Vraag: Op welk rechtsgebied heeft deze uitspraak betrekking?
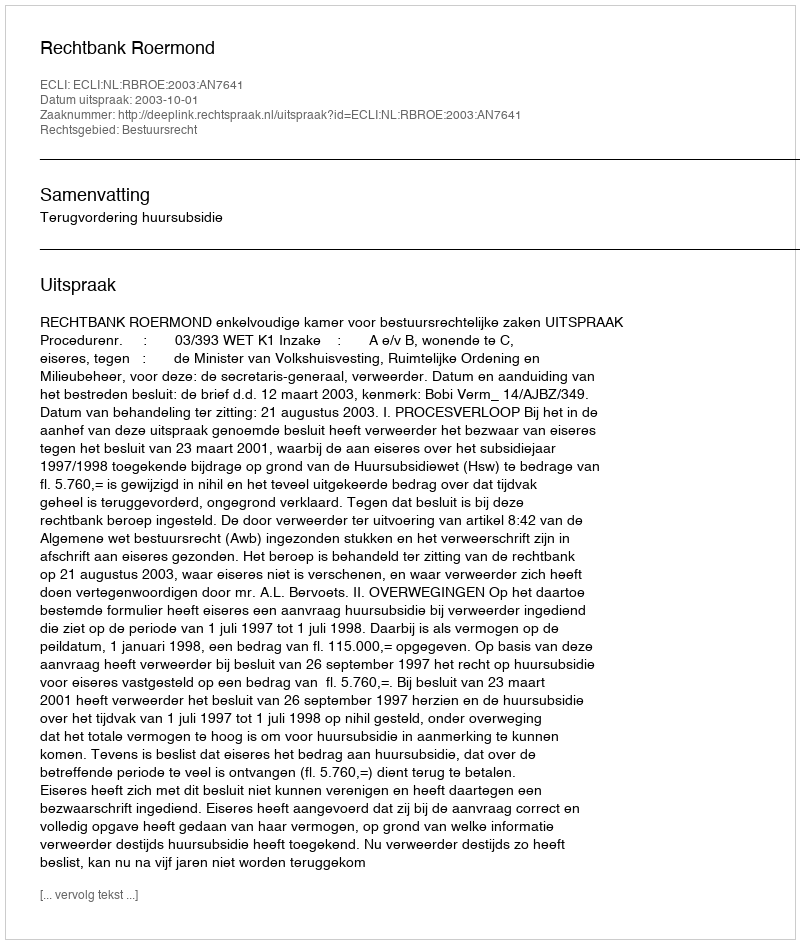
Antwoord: Bestuursrecht